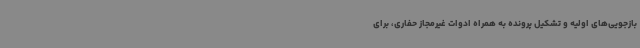
بازجویی‌های اولیه و تشکیل پرونده به همراه ادوات غیرمجاز حفاری، برای